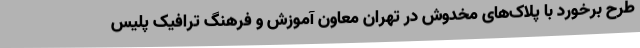
طرح برخورد با پلاک‌های مخدوش در تهران معاون آموزش و فرهنگ ترافیک پلیس